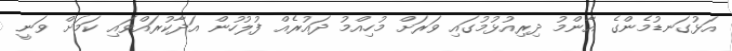
އަޅުގަނޑުމެންގެ އާންމު ދިރިއުޅުމުގައި ވަރަށް މުހިއްމު ދައުރެއް ފުލުހުން އަދާކުރައްވައި ކަމަށް ވަނީ